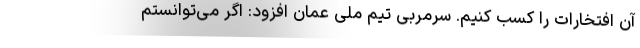
آن افتخارات را کسب کنیم. سرمربی تیم ملی عمان افزود: اگر می‌توانستم